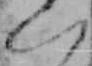
い